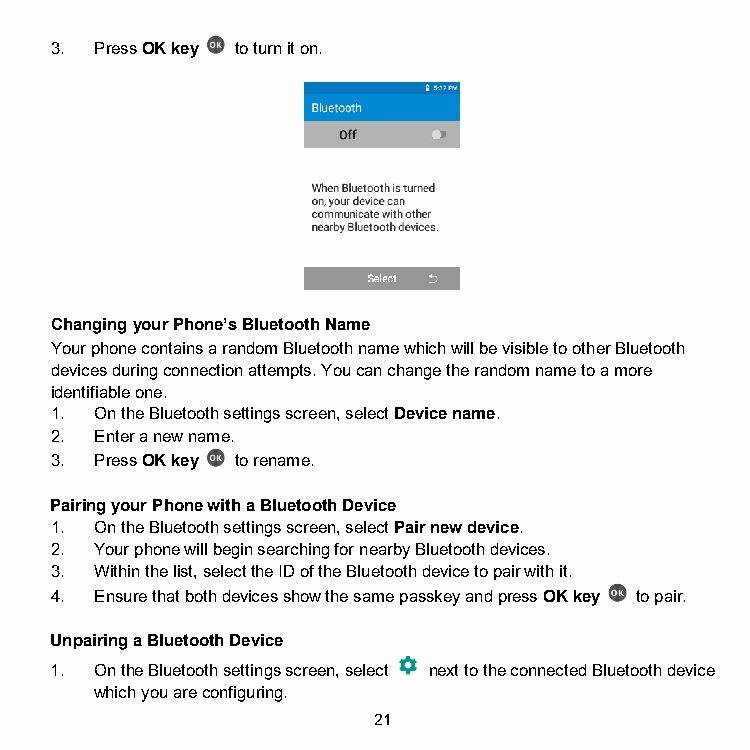
3. Press OK key to turn it on.
 Changing your Phone’s Bluetooth Name
 Your phone contains a random Bluetooth name which will be visible to other Bluetooth
 devices during connection attempts. You can change the random name to a more
 identifiable one.
 1. On the Bluetooth settings screen, select Device name.
 2. Enter a new name.
 3. Press OK key to rename.
 Pairing your Phone with a Bluetooth Device
 1. On the Bluetooth settings screen, select Pair new device.
 2. Your phone will begin searching for nearby Bluetooth devices.
 3. Within the list, select the ID of the Bluetooth device to pair with it.
 4. Ensure that both devices show the same passkey and press OK key to pair.
 Unpairing a Bluetooth Device
 1. On the Bluetooth settings screen, select next to the connected Bluetooth device
 which you are configuring.
 21